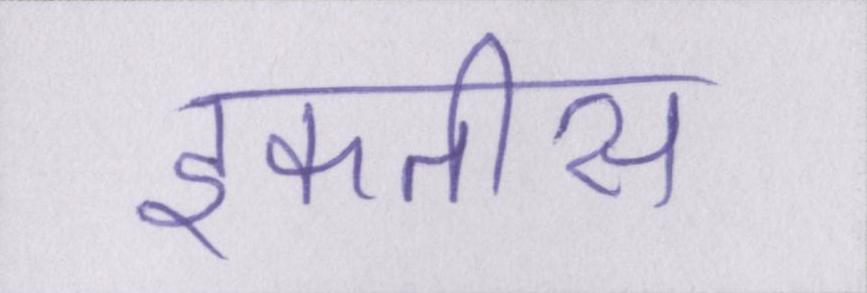
इकतीस